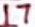
Text: 17